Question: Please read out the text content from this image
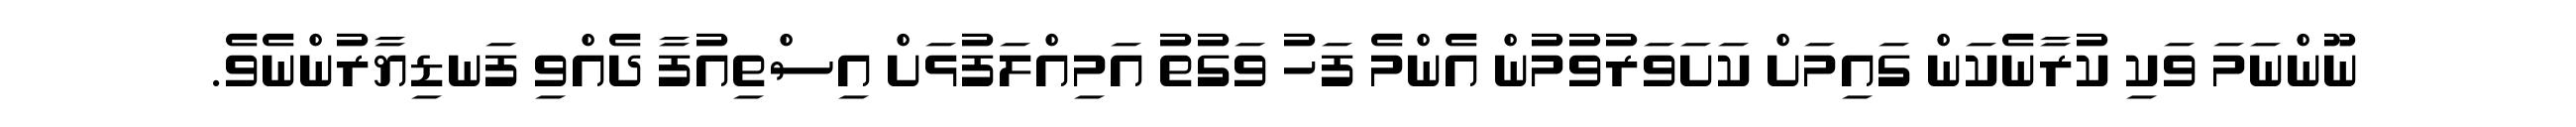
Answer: ނޫންނަމަ ވަކި ކުރާނެކަން ގައިމަށް ކަށަވަރުވުމުން އެންމެ ފަހު ވަގުތު އަމިއްލަފުޅަށް އިސްތިއުފާ ދެއްވި ފަނޑިޔާރުންނެވެ.